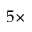
5 \times